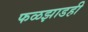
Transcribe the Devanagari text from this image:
फळझाडही